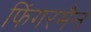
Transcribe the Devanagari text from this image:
फिंगरमैन